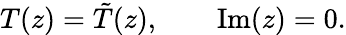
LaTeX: T(z)=\tilde{T}(z),\qquad\mathrm{Im}(z)=0.